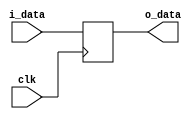
`timescale 1ns / 1ps
//////////////////////////////////////////////////////////////////////////////////
// Company: 
// Engineer: 
// 
// Design Name: 
// Module Name: MDR
// Project Name: 
// Target Devices: 
// Tool Versions: 
// Description: 
// 
// Dependencies: 
// 
// Revision:
// Revision 0.01 - File Created
// Additional Comments:
// 
//////////////////////////////////////////////////////////////////////////////////


module MDR(
    input clk,
    input [31:0]i_data,
    output reg[31:0]o_data
	);

    always@(posedge clk)
    begin
        o_data <= i_data;
    end

endmodule